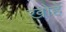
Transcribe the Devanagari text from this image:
खोहें